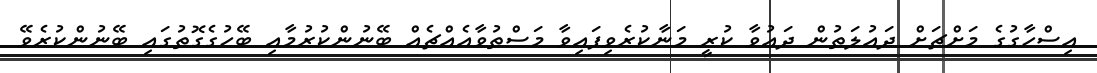
އިސްހާގުގެ މަށްޗަށް ދައުލަތުން ދަޢުވާ ކުރީ މަނާކުރެވިފައިވާ މަސްތުވާއެއްޗެއް ބޭނުންކުރުމާއި ބޭހުގެގޮތުގައި ބޭނުންކުރެވޭ